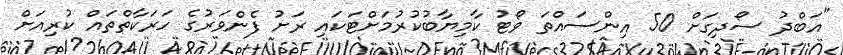
"އަބްދު ސޯދިގަށް 50 އިންސައްތަ ވޯޓު ކާމިޔާބުކުރުމަށްޓަކައި ރަށު ފެންވަރުގެ ހަރަކާތްތައް ކުރިއަށް